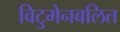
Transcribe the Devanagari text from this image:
विटुमेनबलित